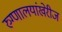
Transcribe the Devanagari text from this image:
रुग्णालयांखेरीज